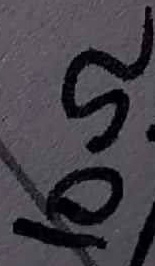
Text: 10Ω